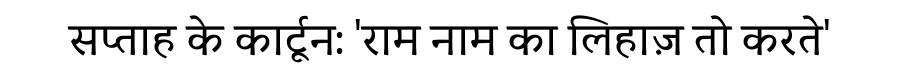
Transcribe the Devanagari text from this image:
सप्ताह के कार्टून: 'राम नाम का लिहाज़ तो करते'